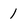
Character: 1